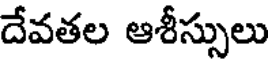
దేవతల ఆశీస్సులు